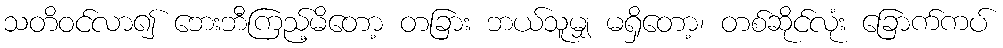
သတိဝင်လာ၍ ဘေးဘီကြည့်မိတော့ တခြား ဘယ်သူမျှ မရှိတော့၊ တစ်ဆိုင်လုံး ခြောက်ကပ်